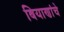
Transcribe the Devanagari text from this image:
बियाणांचे